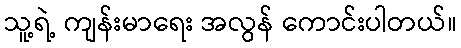
သူ့ရဲ့ ကျန်းမာရေး အလွန် ကောင်းပါတယ်။